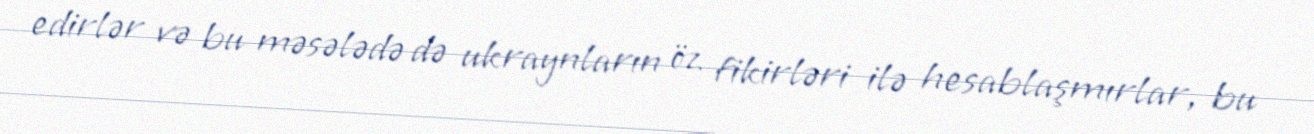
edirlər və bu məsələdə də ukraynların öz fikirləri ilə hesablaşmırlar, bu